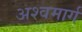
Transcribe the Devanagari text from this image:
अश्वमार्ग